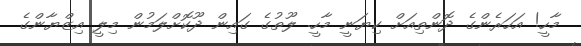
މާހީ! އަހަރެންގެ ދޮންތިއަށް ކިޔަނީ މާހީ. ލޫތުގެ ގައިން ދޫކޮށްލަމުން މިލީ އިޒްޔާންގެ